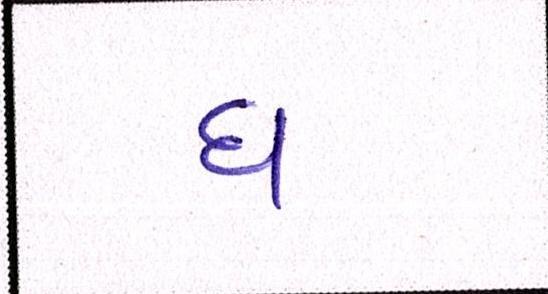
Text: ધ